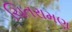
ચિતરામણ